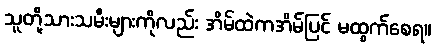
သူတို့သားသမီးများကိုလည်း အိမ်ထဲကအိမ်ပြင် မထွက်စေရ။